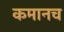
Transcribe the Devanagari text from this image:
कमानच